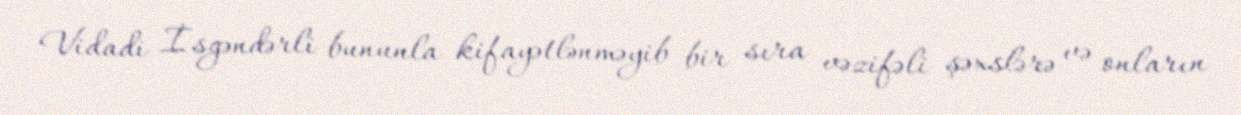
Vidadi İsgəndərli bununla kifayətlənməyib bir sıra vəzifəli şəxslərə və onların